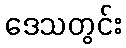
ဒေသတွင်း